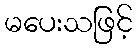
မပေးသဖြင့်